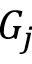
G _ { j }